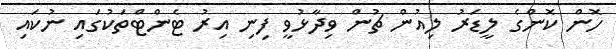
ހޮން ކޮންގެ ލީޑަރު ލިއުން ޗުން ވިދާޅުވީ ފިނި އިރު ޓެންޓްތަކުގައި ނުކައި